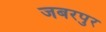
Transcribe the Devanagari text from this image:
जबरपुर